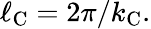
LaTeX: \ell_{\mathrm{{C}}}=2\pi/k_{\mathrm{{C}}}.